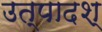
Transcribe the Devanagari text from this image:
उत्पादश्